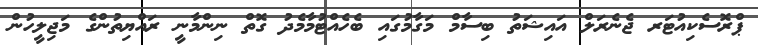
ޕްރޮސެކިއުޓަރ ޖެނެރަލް އައިޝަތު ބިސާމް މަގާމުގައި ބެހެއްޓުމާމެދު ގޮތް ނިންމާނީ ރައްޔިތުންގެ މަޖިލީހުން